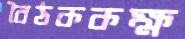
বৈঠককক্ষ